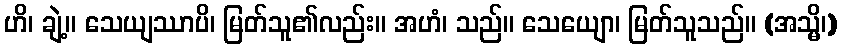
ဟိ၊ ချဲ့။ သေယျဿာပိ၊ မြတ်သူ၏လည်း။ အဟံ၊ သည်။ သေယျော၊ မြတ်သူသည်။ (အသ္မိ၊)